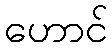
ဟောင်